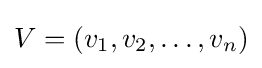
V=(v_{1},v_{2},\ldots ,v_{n})